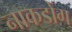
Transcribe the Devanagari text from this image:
नाकडोंग